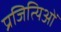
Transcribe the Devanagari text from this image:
प्रजित्यिओं